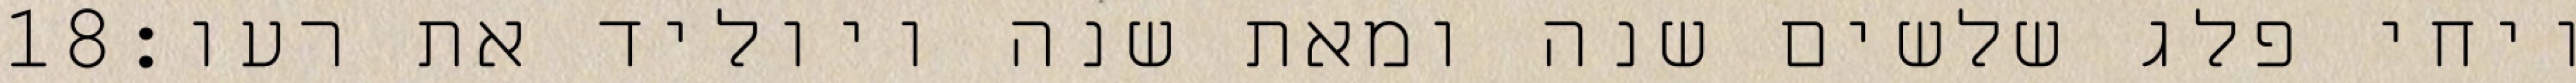
‎18‏ ויחי פלג שלשים שנה ומאת שנה ויוליד את רעו׃